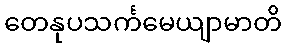
တေနုပသင်္ကမေယျာမာတိ